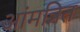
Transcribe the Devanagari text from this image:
आंमत्रित